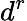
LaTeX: d^{r}